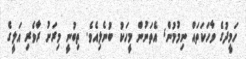
ހަމީދުގެ ވާހަކަތައް ނިމުމުން